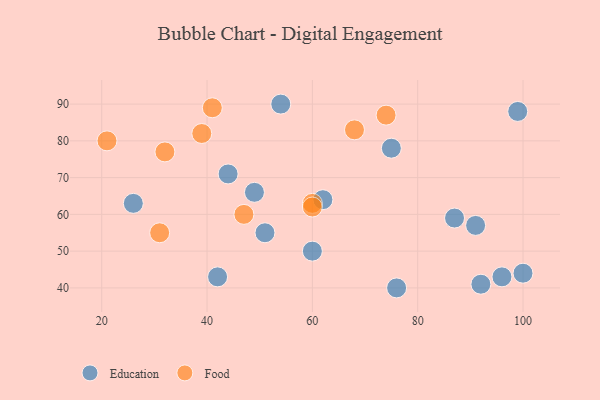
{"axis": {"x": "GDP", "y": "Life Expectancy"}, "legend": ["Education", "Food"], "data": [{"x": "62", "y": 64, "type": "Education"}, {"x": "42", "y": 43, "type": "Education"}, {"x": "60", "y": 50, "type": "Education"}, {"x": "54", "y": 90, "type": "Education"}, {"x": "26", "y": 63, "type": "Education"}, {"x": "76", "y": 40, "type": "Education"}, {"x": "91", "y": 57, "type": "Education"}, {"x": "49", "y": 66, "type": "Education"}, {"x": "100", "y": 44, "type": "Education"}, {"x": "92", "y": 41, "type": "Education"}, {"x": "44", "y": 71, "type": "Education"}, {"x": "96", "y": 43, "type": "Education"}, {"x": "99", "y": 88, "type": "Education"}, {"x": "87", "y": 59, "type": "Education"}, {"x": "75", "y": 78, "type": "Education"}, {"x": "51", "y": 55, "type": "Education"}, {"x": "21", "y": 80, "type": "Food"}, {"x": "41", "y": 89, "type": "Food"}, {"x": "47", "y": 60, "type": "Food"}, {"x": "60", "y": 63, "type": "Food"}, {"x": "74", "y": 87, "type": "Food"}, {"x": "39", "y": 82, "type": "Food"}, {"x": "60", "y": 62, "type": "Food"}, {"x": "68", "y": 83, "type": "Food"}, {"x": "32", "y": 77, "type": "Food"}, {"x": "31", "y": 55, "type": "Food"}]}